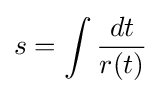
s=\int {\frac {dt}{r(t)}}